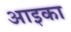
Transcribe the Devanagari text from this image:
आइका